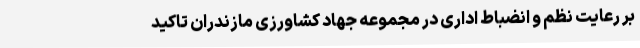
بر رعایت نظم و انضباط اداری در مجموعه جهاد کشاورزی مازندران تاکید